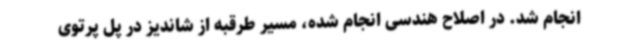
انجام شد. در اصلاح هندسی انجام شده، مسیر طرقبه از شاندیز در پل پرتوی